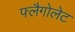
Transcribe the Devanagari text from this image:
फ्लैगोलेट